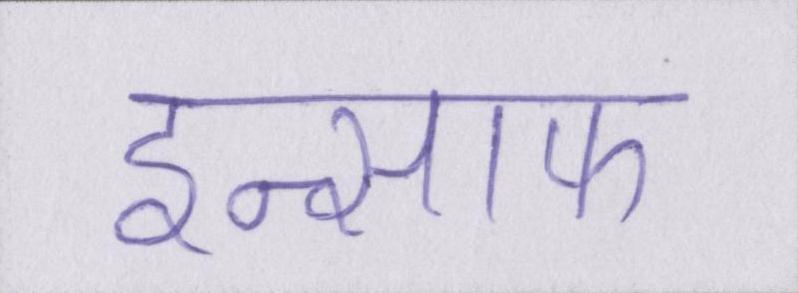
इन्साफ